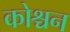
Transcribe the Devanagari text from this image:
कोश्चन